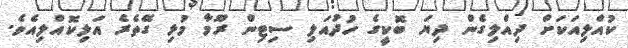
ކުއްލިއަކަށް ދިއްލިގެން ދިޔަ ބޮކީގެ ހުދުއަލި ސިޓިން ރޫމާ މުޅި ގޭތެރެ އަލިކޮއްލިއެވެ.